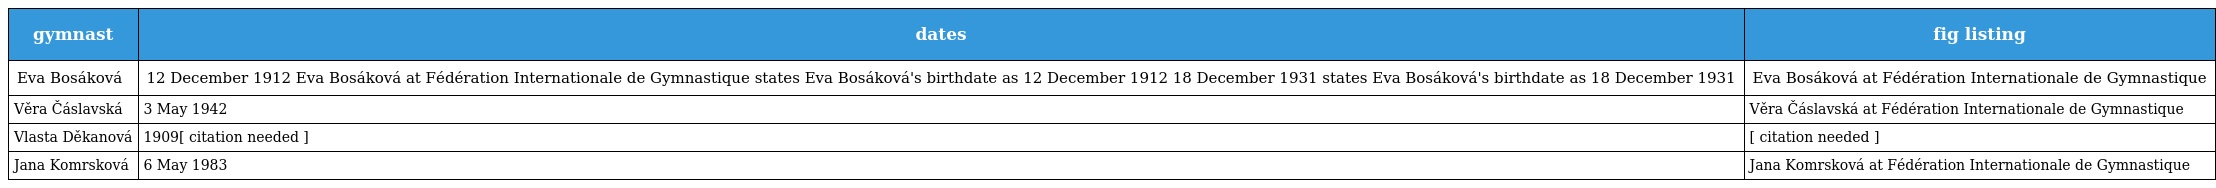
| gymnast | dates | fig listing |
 | --- | --- | --- |
 | Eva Bosáková | 12 December 1912 Eva Bosáková at Fédération Internationale de Gymnastique states Eva Bosáková's birthdate as 12 December 1912 18 December 1931 states Eva Bosáková's birthdate as 18 December 1931 | Eva Bosáková at Fédération Internationale de Gymnastique |
 | Věra Čáslavská | 3 May 1942 | Věra Čáslavská at Fédération Internationale de Gymnastique |
 | Vlasta Děkanová | 1909[ citation needed ] | [ citation needed ] |
 | Jana Komrsková | 6 May 1983 | Jana Komrsková at Fédération Internationale de Gymnastique |